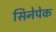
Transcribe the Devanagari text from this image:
सिनेपेक